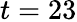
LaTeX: t=23